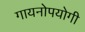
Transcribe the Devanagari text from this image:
गायनोपयोगी